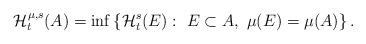
LaTeX: \begin{align*} \mathcal{H}^{\mu,s}_{t}(A)=\inf\left\{\mathcal{H}^{s}_{t}(E): \ E\subset A , \ \mu(E)=\mu(A)\right\}. \end{align*}